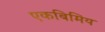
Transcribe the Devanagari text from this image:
एकबिमिय